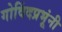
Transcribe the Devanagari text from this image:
गोविंदप्रभूंनी